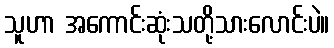
သူဟာ အကောင်းဆုံးသတို့သားလောင်းပဲ။